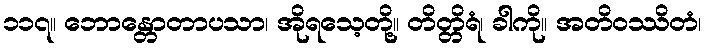
၁၁၇။ ဘောန္တောတာပသာ၊ အိုရသေ့တို့။ တိတ္တိရံ၊ ခါကို။ အတိဝဿိတံ၊